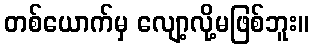
တစ်ယောက်မှ လျော့လို့မဖြစ်ဘူး။